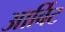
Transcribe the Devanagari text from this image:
आर्बिट